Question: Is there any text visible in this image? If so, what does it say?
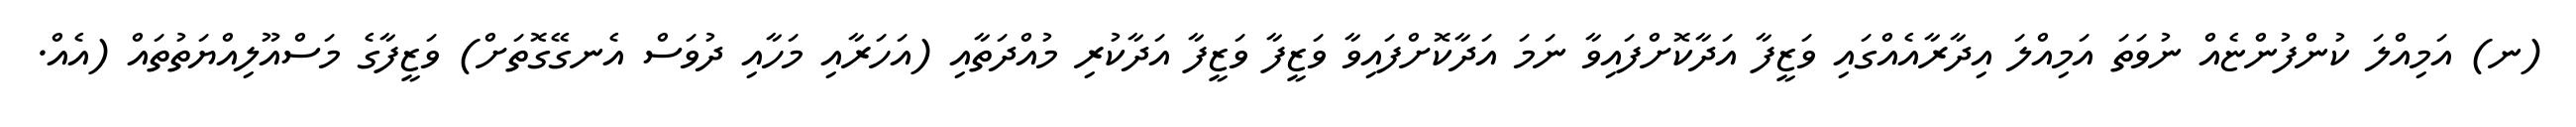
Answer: (ނ) އަމިއްލަ ކުންފުންޏެއް ނުވަތަ އަމިއްލަ އިދާރާއެއްގައި ވަޒީފާ އަދާކޮށްފައިވާ ނަމަ އަދާކޮށްފައިވާ ވަޒީފާ ވަޒީފާ އަދާކުރި މުއްދަތާއި (އަހަރާއި މަހާއި ދުވަސް އެނގޭގޮތަށް) ވަޒީފާގެ މަސްއޫލިއްޔަތުތައް (އެއް.